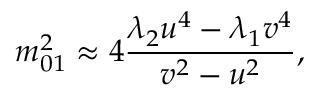
m _ { 0 1 } ^ { 2 } \approx 4 \frac { \lambda _ { 2 } u ^ { 4 } - \lambda _ { 1 } v ^ { 4 } } { v ^ { 2 } - u ^ { 2 } } ,